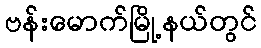
ဗန်းမောက်မြို့နယ်တွင်